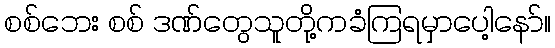
စစ်ဘေး စစ် ဒဏ်တွေသူတို့ကခံကြရမှာပေါ့နော်။